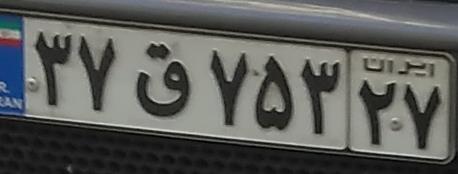
۳۷ق۷۵۳۲۷